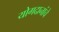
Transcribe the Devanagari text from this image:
योगदानांचे